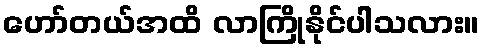
ဟော်တယ်အထိ လာကြိုနိုင်ပါသလား။